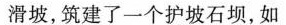
滑坡，筑建了一个护坡石坝，如